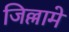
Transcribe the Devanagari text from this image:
जिल्लामे